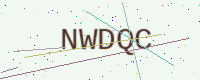
Text: NWDQC